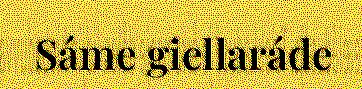
Sáme giellaráde